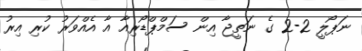
ނަޕޯލީ 2-2 ގެ ނަތީޖާ އިން ސަމްޕްޑޯރިއާ އާ އެއްވަރު ކުރި އިރު